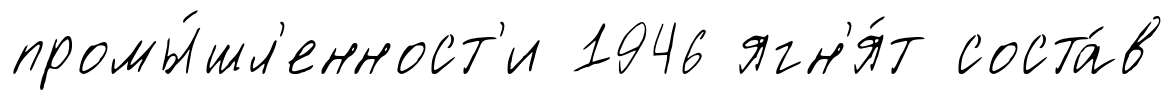
промы́шл'енност'и 1946 ягн'я́т соста́в